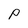
Character: p